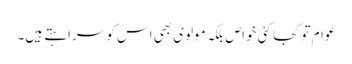
عوام تو کجا کئی خواص بلکہ مولوی بھی اس کو سراہتے ہیں۔